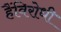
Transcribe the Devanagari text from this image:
हैंविरोधी